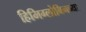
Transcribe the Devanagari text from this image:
हिमिग्लोबिनच्या